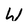
Character: W